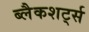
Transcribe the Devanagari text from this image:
ब्लैकशर्ट्स